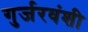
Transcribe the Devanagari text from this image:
गुर्जरवंशी